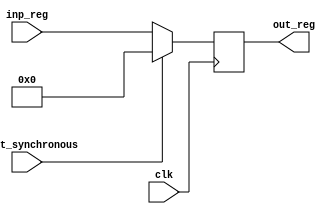
module register_synchronous_reset #(parameter W = 32)
	(
	input clk, 
	input reset_synchronous, // Reset == 1 --> Clear Register Content @ Next Rising Edge
	input [W-1:0] inp_reg, 
	output reg [W-1:0] out_reg
	);

	always @(posedge clk) 
		begin
			if (reset_synchronous == 1) // Clear output @ next edge
				out_reg <= 0; // Reset at the next clock cycle
			else if (reset_synchronous == 0)
				out_reg <= inp_reg; // Load output at the next clock cycle with parallel input
		end
		
endmodule